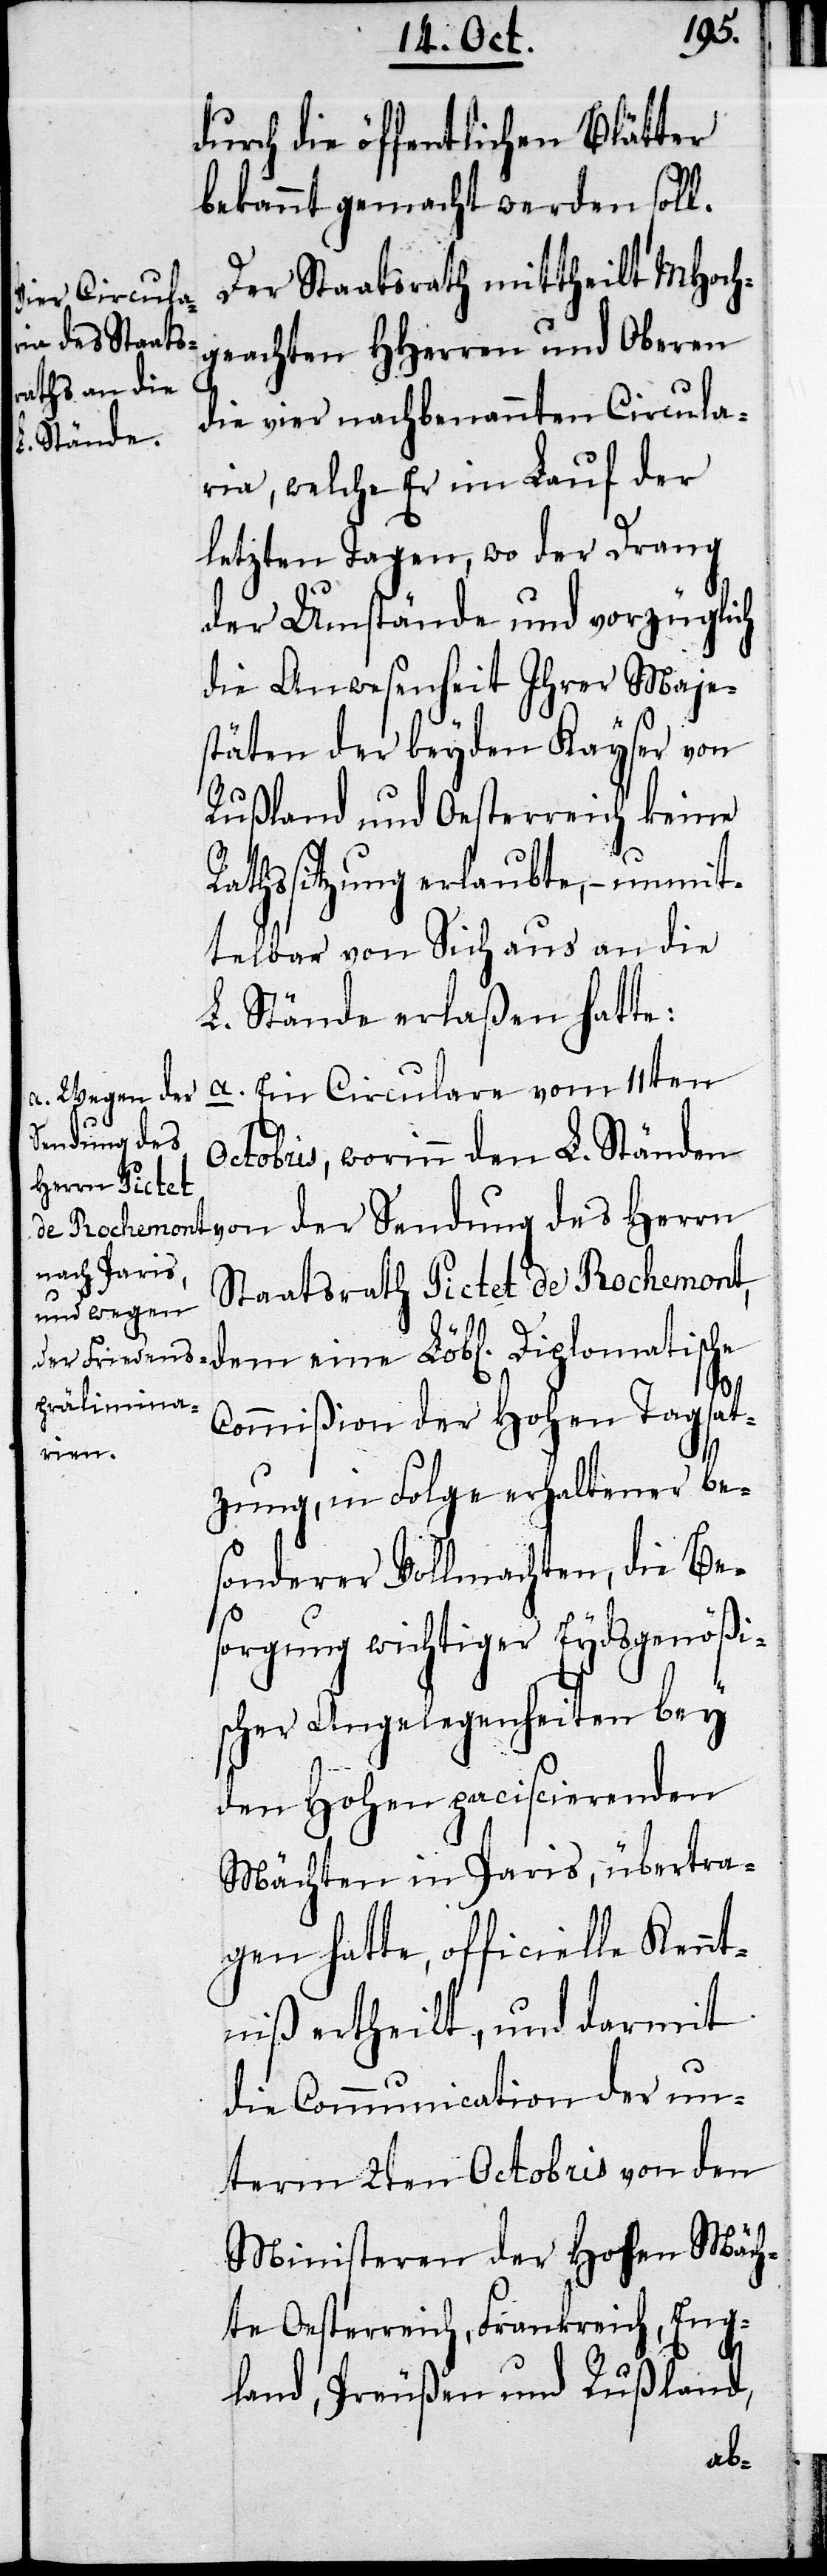
durch die öffentlichen Blätter
bekannt gemacht werden soll.
Der Staatsrath mittheilt MHoch¬
geachten HHerren und Oberen
die vier nachbenannten Circula¬
ria, welche Er im Lauf der
letzten Tagen, wo der Drang
der Umstände und vorzüglich
die Anwesenheit Ihrer Maje¬
stäten der beyden Kayser von
Rußland und Oesterreich keine
Rathssitzung erlaubte, – unmit¬
telbar von Sich aus an die
L. Stände erlaßen hatte:
a. Ein Circulare vom 11ten
Sendung des
Octobris, worinn den L. Ständen
Staatsrath Pictet de Rochemont,
dem eine Löbl. Diplomatische
Commißion der Hohen Tagsat¬
zung, in Folge erhaltener be¬
sonderer Vollmachten, die Be¬
sorgung wichtiger Eydsgenößi¬
scher Angelegenheiten bey
den Hohen paciscierenden
Mächten in Paris, übertra¬
gen hatte, officielle Kennt¬
niß ertheilt, und darmit
die Communication der un¬
term 2ten Octobris von den
Ministeren der Hohen Mäch¬
te Oesterreich, Frankreich, Eng¬
land, Preußen und Rußland,